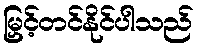
မြှင့်တင်နိုင်ပါသည်